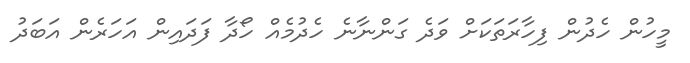
މީހުން ހެދުން ފިހާރަތަކަށް ވަދެ ގަންނާނެ ހެދުމެއް ހޯދާ ފަދައިން އަހަރެން އަބަދު